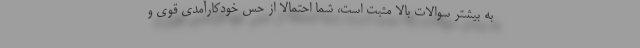
به بیشتر سوالات بالا مثبت است، شما احتمالاً از حس خودکارآمدی قوی و